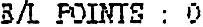
B/L POINTS : 0